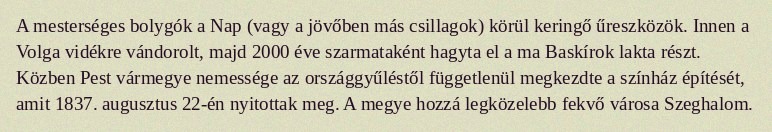
A mesterséges bolygók a Nap (vagy a jövőben más csillagok) körül keringő űreszközök. Innen a Volga vidékre vándorolt, majd 2000 éve szarmataként hagyta el a ma Baskírok lakta részt. Közben Pest vármegye nemessége az országgyűléstől függetlenül megkezdte a színház építését, amit 1837. augusztus 22-én nyitottak meg. A megye hozzá legközelebb fekvő városa Szeghalom.